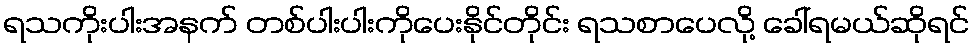
ရသကိုးပါးအနက် တစ်ပါးပါးကိုပေးနိုင်တိုင်း ရသစာပေလို့ ခေါ်ရမယ်ဆိုရင်